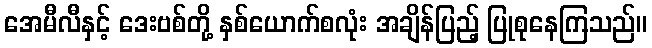
အေမီလီနှင့် ဒေးဗစ်တို့ နှစ်ယောက်စလုံး အချိန်ပြည့် ပြုစုနေကြသည်။